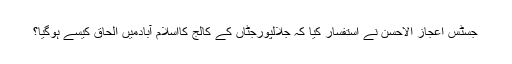
جسٹس اعجاز الاحسن نے استفسار کیا کہ جلالپورجٹاں کے کالج کااسلام آبادمیں الحاق کیسے ہوگیا؟